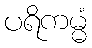
ပရိကမ္မံ